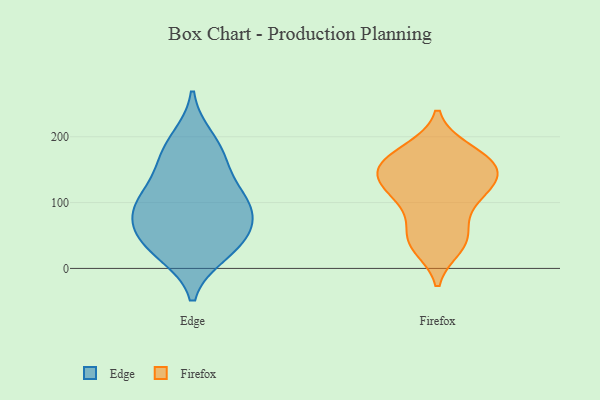
{"axis": {"x": "Active Users", "y": "Value"}, "legend": ["Edge", "Firefox"], "data": [{"x": "", "y": 42, "type": "Edge"}, {"x": "", "y": 83, "type": "Edge"}, {"x": "", "y": 55, "type": "Edge"}, {"x": "", "y": 109, "type": "Edge"}, {"x": "", "y": 100, "type": "Edge"}, {"x": "", "y": 24, "type": "Edge"}, {"x": "", "y": 169, "type": "Edge"}, {"x": "", "y": 111, "type": "Edge"}, {"x": "", "y": 31, "type": "Edge"}, {"x": "", "y": 77, "type": "Edge"}, {"x": "", "y": 196, "type": "Edge"}, {"x": "", "y": 164, "type": "Edge"}, {"x": "", "y": 41, "type": "Firefox"}, {"x": "", "y": 143, "type": "Firefox"}, {"x": "", "y": 164, "type": "Firefox"}, {"x": "", "y": 51, "type": "Firefox"}, {"x": "", "y": 107, "type": "Firefox"}, {"x": "", "y": 45, "type": "Firefox"}, {"x": "", "y": 155, "type": "Firefox"}, {"x": "", "y": 144, "type": "Firefox"}, {"x": "", "y": 126, "type": "Firefox"}, {"x": "", "y": 97, "type": "Firefox"}, {"x": "", "y": 157, "type": "Firefox"}, {"x": "", "y": 110, "type": "Firefox"}, {"x": "", "y": 176, "type": "Firefox"}, {"x": "", "y": 179, "type": "Firefox"}, {"x": "", "y": 34, "type": "Firefox"}, {"x": "", "y": 137, "type": "Firefox"}]}